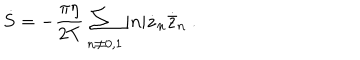
\dot { S } = - { \frac { \pi \eta } { 2 T } } \sum _ { n \neq 0 , 1 } | n | \dot { z } _ { n } \dot { \bar { z } } _ { n } \ .